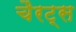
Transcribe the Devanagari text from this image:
चैरट्स